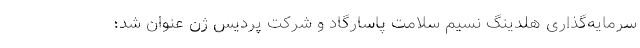
سرمایه‌گذاری هلدینگ نسیم سلامت پاسارگاد و شركت پردیس ژن عنوان شد؛